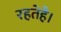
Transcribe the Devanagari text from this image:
रहतेहै।